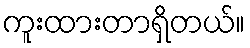
ကူးထားတာရှိတယ်။